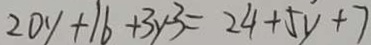
2 0 y + 1 6 + 3 y - 3 = 2 4 + 5 y + 7